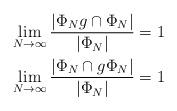
LaTeX: \begin{align*}\lim_{N \to \infty} \dfrac{|\Phi_N g \cap \Phi_N|}{|\Phi_N|}=1\\\lim_{N \to \infty} \dfrac{|\Phi_N \cap g \Phi_N|}{|\Phi_N|}=1\end{align*}